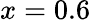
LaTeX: x=0.6